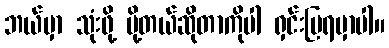
ဘယ်မှာ သုံးဖို့ ပို့တယ်ဆိုတာကိုပါ ရှင်းပြရမှာပါ။